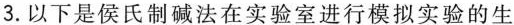
3. 以下是侯氏制碱法在实验室进行模拟实验的生